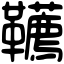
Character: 韉